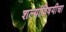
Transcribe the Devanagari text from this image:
शल्यांविषयीचा